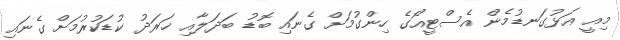
މިއީ އަޅުގަނޑުމެން އެސްޓީއޯގެ ހިންގުމަށް ގެނައި ބޮޑު ބަދަލާއި ޚަރަދު ކުޑަކުރުމަށް ގެނައި